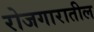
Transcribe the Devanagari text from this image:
रोजगारातील